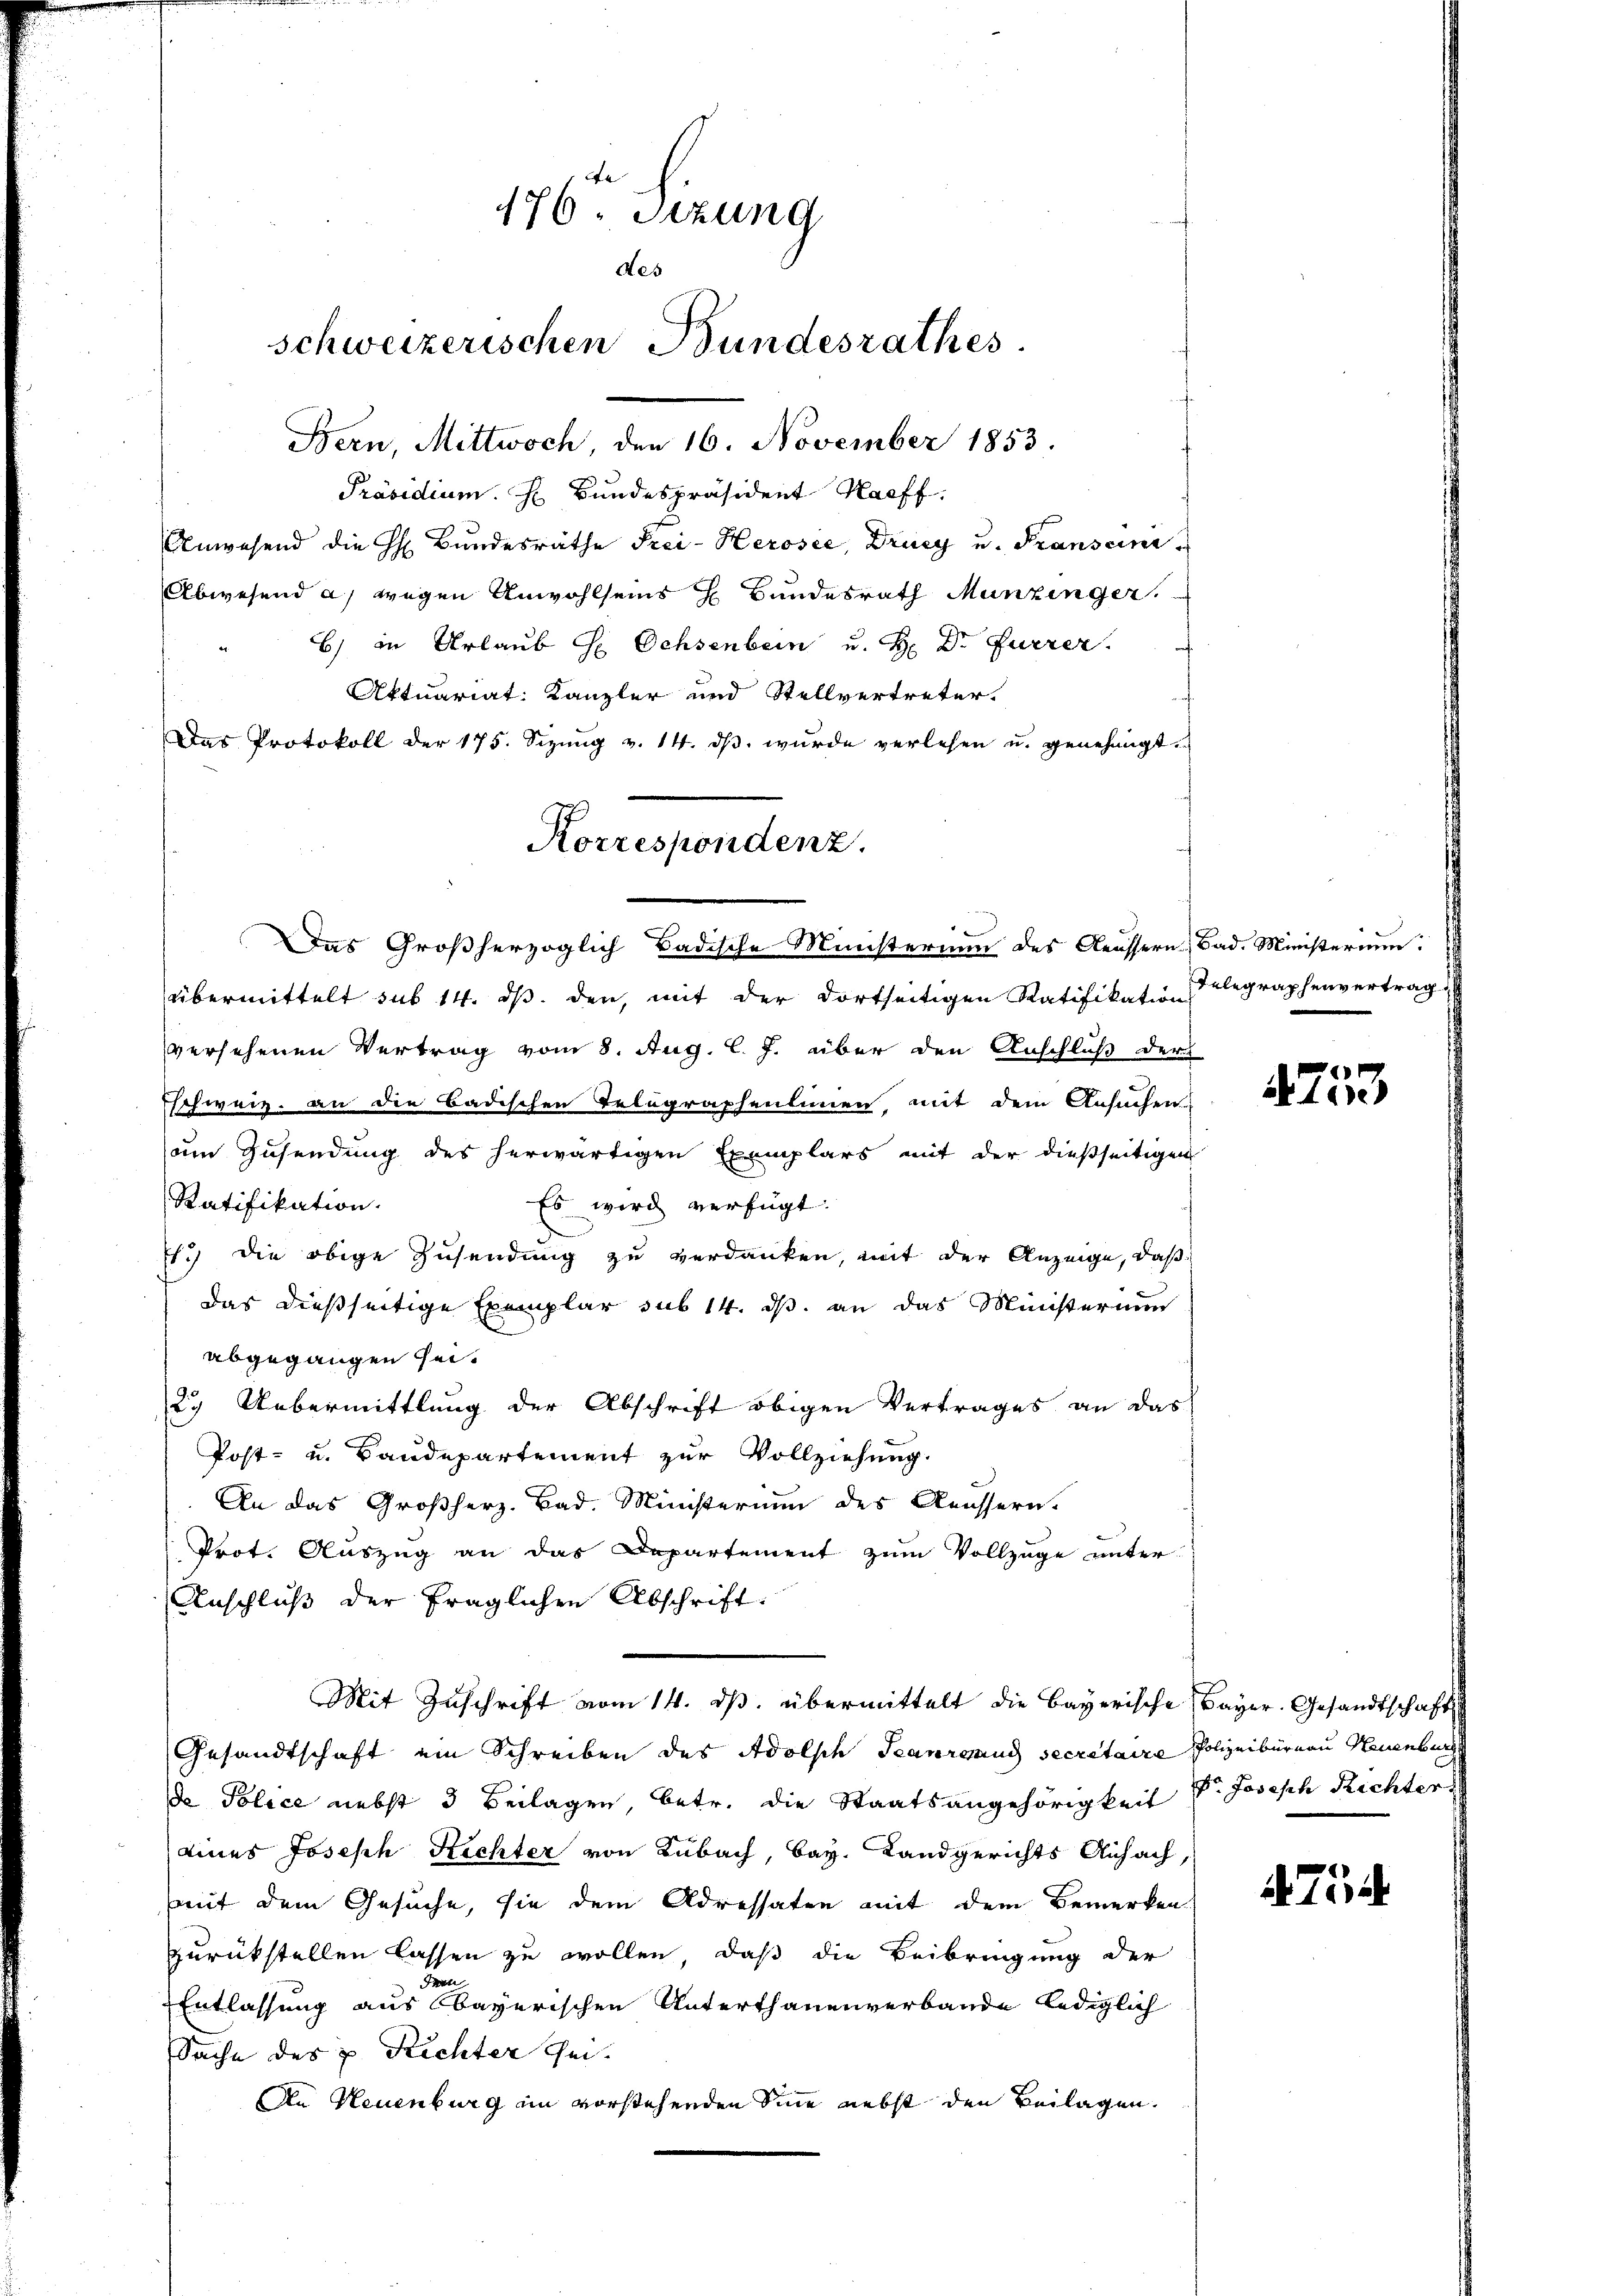
176. Sizung
des
schweizerischen Bundesrathes.
Bern, Mittwoch, den November 1853.
Präsidium. H. Bundespräsident Kaff
Anwesend die H. Bundesrathe Frei- Herosee, Drucy u. Franscini
Abwesend a) wegen Anwohlseins H Bundesrath Munzinger.
6) in Urlaub H Ochsenbein u. H. Dr Furrer.
Aktuariat: Kanzler und Stellvertreter.

Korrespondenz.
Das Großherzoglich Badische Ministerium des Aeussern Bad. Ministerium:

Der Protokoll der 175. Sizŭng v. 14. dβ. wŭrde verlesen u. genehmigt.

übermittelt sub 14. dβ. den, mit der dortseitigen Ratifikation elegraphenvertrag
versehenen Vertrag vom 8. Aug. l. J. über den Anschluß der
schweiz. an die Badischen Telegraphenlinien, mit dem Ansuchen
um Zusendung des herwärtigen Exemplars mit der dießseitigen
Ratifikation.
Es wird verfügt:
.) die obige Zusendung zu verdanken, mit der Anzeige, daß
Das dießseitige Exemplar sub 14. ds. an das Ministerium
abgegangen sei.
2. Uebermittlung der Abschrift obigen Vertrages an das
Post- u. Baudepartement zur Vollziehung.
An das Großherz. Bad. Ministerium des Aeussern.
Prot. Auszug an das Departement zum Vollzüge unter
Anschluß der fraglichen Abschrift:
Mit Zuschrift vom 14. ds. übermittelt die Bayerische Bayer. Gesandtschaft
Gesandtschaft ein Schreiben des Adolsch Teanrgang secretaire Polizeibureau Neuenburg
de Police nebst 3 Beilagen, betr. die Staatsangehörigkeit v. Joseph Richter
eines Joseph Richter von Kubach, Bay. Landgerichts Anfach,
(mit dem Gesuche, sie dem Adressaten mit dem Bemerken
zurückstellen lassen zu wollen, daß die Beibringung der
Fel
Entlassung aus bayerischen Unterthanenverbande lediglich
Sache des v. Richter sei-
An Neuenburg im vorstehenden Sinne nebst den Beilagen.

753.

. 7